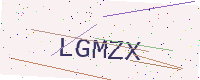
Text: LGMZX